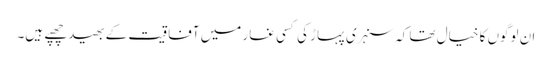
ان لوگوں کا خیال تھا کہ سنہری پہاڑ کی کسی غار میں آفاقیت کے بھید چھپے ہیں۔